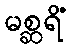
မစ္ဆရိံ